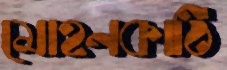
মোহনকাঠি